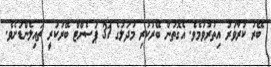
ބޭރު ކުރާވަރު އިތުރުވުމެވެ. އެގޮތުން ބޭރުކުރި މުދަލުގެ 31 ޕަސެންޓް ބޭރުކުރީ ތައިލެންޑަށެވެ.